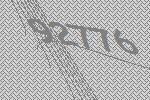
92776